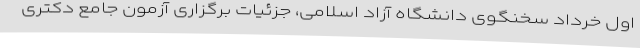
اول خرداد سخنگوی دانشگاه آزاد اسلامی،‌ جزئیات برگزاری آزمون جامع دکتری